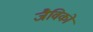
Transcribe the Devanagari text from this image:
जैविकों